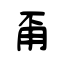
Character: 甭